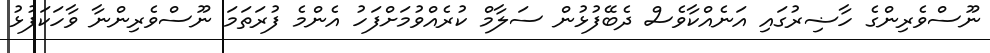
ނޫސްވެރިންގެ ހާޟިރުގައި އަނެއްކާވެސް ދެބޭފުޅުން ސަލާމް ކުރެއްވުމަށްފަހު އެންމެ ފުރަތަމަ ނޫސްވެރިންނާ ވާހަކަފުޅު